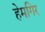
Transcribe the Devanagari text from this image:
हेमगिर